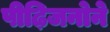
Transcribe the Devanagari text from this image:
पीढ़िजनोने